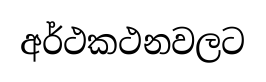
අර්ථකථනවලට